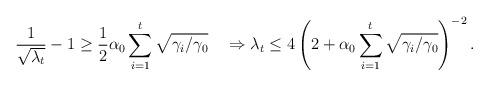
LaTeX: \begin{align*}\frac{1}{\sqrt{\lambda_t}}-1\geq\frac{1}{2}\alpha_0\sum_{i=1}^t\sqrt{\gamma_i/\gamma_0}\quad\Rightarrow\lambda_t\leq4\left(2+\alpha_0\sum_{i=1}^t\sqrt{\gamma_i/\gamma_0}\right)^{-2}.\end{align*}